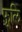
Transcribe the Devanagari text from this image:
फूलि